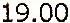
19.00